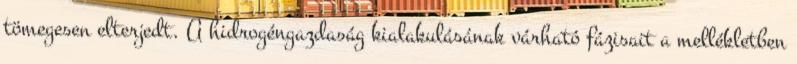
tömegesen elterjedt. A hidrogéngazdaság kialakulásának várható fázisait a mellékletben